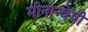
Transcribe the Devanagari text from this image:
मीनान्वेषी